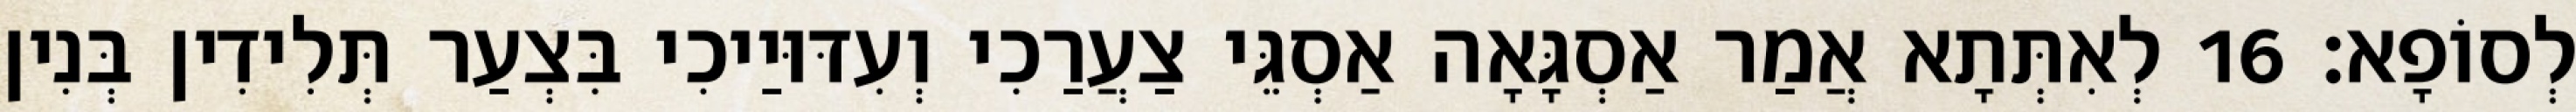
לְסוֹפָא׃ 16 לְאִתְּתָא אֲמַר אַסְגָּאָה אַסְגֵּי צַעֲרַכִי וְעִדּוּיַיכִי בִּצְעַר תְּלִידִין בְּנִין